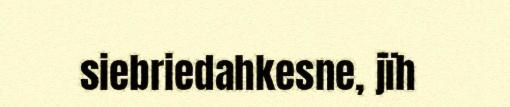
siebriedahkesne, jïh